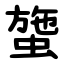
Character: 䗐